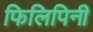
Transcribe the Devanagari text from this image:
फिलिपिनी